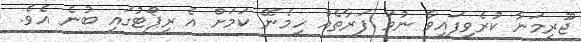
ޖޫރިމަނާ ކުރެވިފައިވާ ނުވަ ފަރާތެއް ހިމެނޭ ކަމަށް އެ ރިޕޯޓުގައި ބުނެ އެވެ.